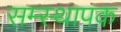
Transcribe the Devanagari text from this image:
सम्स्थापक